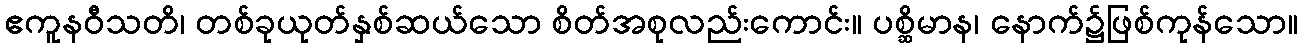
ဧကူနဝီသတိ၊ တစ်ခုယုတ်နှစ်ဆယ်သော စိတ်အစုလည်းကောင်း။ ပစ္ဆိမာန၊ နောက်၌ဖြစ်ကုန်သော။